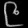
Digit: ၉